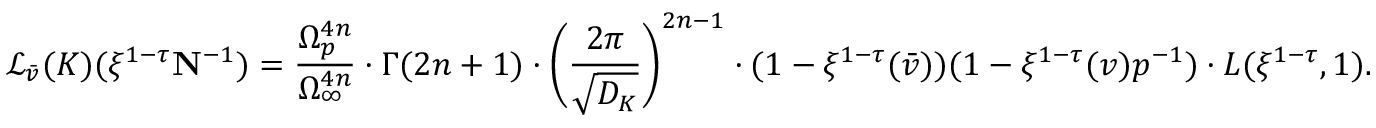
\mathcal { L } _ { \bar { v } } ( K ) ( \xi ^ { 1 - \tau } \mathbf { N } ^ { - 1 } ) = \frac { \Omega _ { p } ^ { 4 n } } { \Omega _ { \infty } ^ { 4 n } } \cdot \Gamma ( 2 n + 1 ) \cdot \biggl ( \frac { 2 \pi } { \sqrt { D _ { K } } } \biggr ) ^ { 2 n - 1 } \cdot ( 1 - \xi ^ { 1 - \tau } ( \bar { v } ) ) ( 1 - \xi ^ { 1 - \tau } ( { v } ) p ^ { - 1 } ) \cdot L ( \xi ^ { 1 - \tau } , 1 ) .